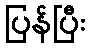
ပြန်ပြီး